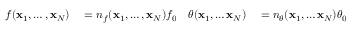
\begin{array} { r l r l } { f ( \mathbf { x } _ { 1 } , \ldots , \mathbf { x } _ { N } ) } & { { } = n _ { f } ( \mathbf { x } _ { 1 } , \ldots , \mathbf { x } _ { N } ) f _ { 0 } } & { \theta ( \mathbf { x } _ { 1 } , \ldots { } \mathbf { x } _ { N } ) } & { { } = n _ { \theta } ( \mathbf { x } _ { 1 } , \ldots { } \mathbf { x } _ { N } ) \theta _ { 0 } } \end{array}